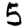
Digit: 5